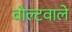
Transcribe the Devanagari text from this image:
वोल्टवाले